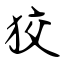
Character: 狡